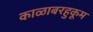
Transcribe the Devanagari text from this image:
काळाबरहुकूम